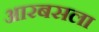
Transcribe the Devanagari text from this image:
आरबसला